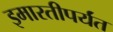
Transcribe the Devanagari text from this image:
इमारतीपर्यंत